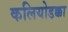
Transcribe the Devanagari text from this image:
कलियोडक्का